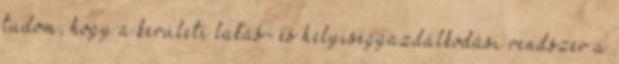
tudom, hogy a kerületi lakás- és helyiséggazdálkodási rendszer a